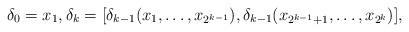
LaTeX: \begin{align*}\delta_0=x_1,\delta_k=[\delta_{k-1}(x_1,\ldots,x_{2^{k-1}}),\delta_{k-1}(x_{2^{k-1}+1},\ldots,x_{2^k})],\end{align*}